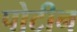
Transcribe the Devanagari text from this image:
पोटीन